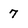
Character: 7